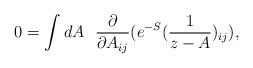
LaTeX: \begin{align*}0=\int dA~~{\partial \over {\partial A_{ij}}}(e^{-S} ({1 \over {z-A}})_{ij}),\end{align*}